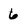
Character: 6